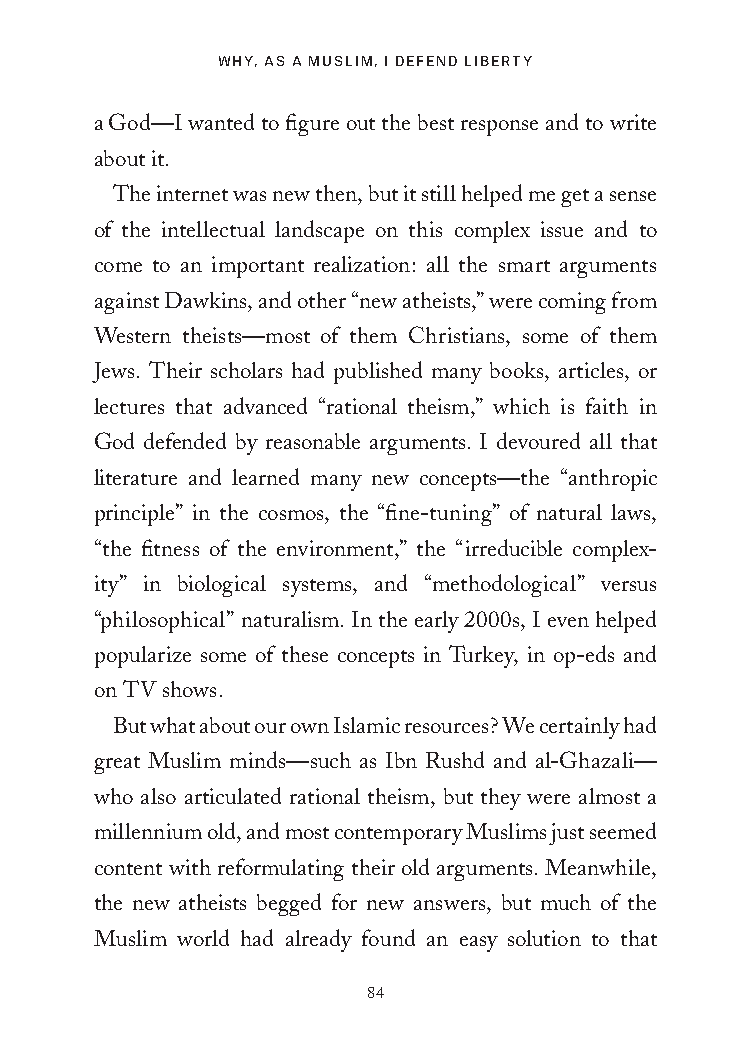
WHY, AS A MUSLIM, I DEFEND LIBERTY
 a God—I wanted to figure out the best response and to write
 about it.
 The internet was new then, but it still helped me get a sense
 of the intellectual landscape on this complex issue and to
 come to an important realization: all the smart arguments
 against Dawkins, and other “new atheists,” were coming from
 Western theists—most of them Christians, some of them
 Jews. Their scholars had published many books, articles, or
 lectures that advanced “rational theism,” which is faith in
 God defended by reasonable arguments. I devoured all that
 literature and learned many new concepts—the “anthropic
 principle” in the cosmos, the “fine-tuning” of natural laws,
 “the fitness of the environment,” the “irreducible complex-
 ity” in biological systems, and “methodological” versus
 “philosophical” naturalism. In the early 2000s, I even helped
 popularize some of these concepts in Turkey, in op-eds and
 on TV shows.
 But what about our own Islamic resources? We certainly had
 great Muslim minds—such as Ibn Rushd and al-Ghazali—
 who also articulated rational theism, but they were almost a
 millennium old, and most contemporary Muslims just seemed
 content with reformulating their old arguments. Meanwhile,
 the new atheists begged for new answers, but much of the
 Muslim world had already found an easy solution to that
 84
 25320_Ch06.indd 84                      24/06/2021 9:13 AM